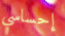
إحساسي